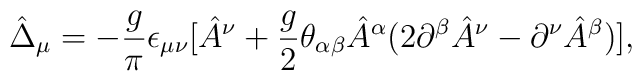
\hat \Delta _\mu =-{g\over \pi}\epsilon _{\mu\nu}[\hat A^\nu +{g\over 2}\theta _{\alpha \beta }\hat A^\alpha (2\partial ^\beta \hat A^\nu -\partial^\nu \hat A^\beta )],